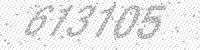
Solution: 613105